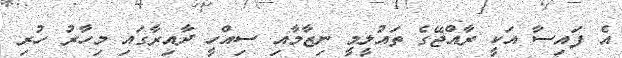
އެ ފައިސާ އަކީ ރާއްޖޭގެ ތައުލީމީ ނިޒާމާއި ސިއްހީ ދާއިރާގައި މިހާރު ހުރި